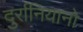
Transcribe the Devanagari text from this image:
दुर्रानियानो